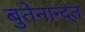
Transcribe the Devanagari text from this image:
बुतेनान्द्त